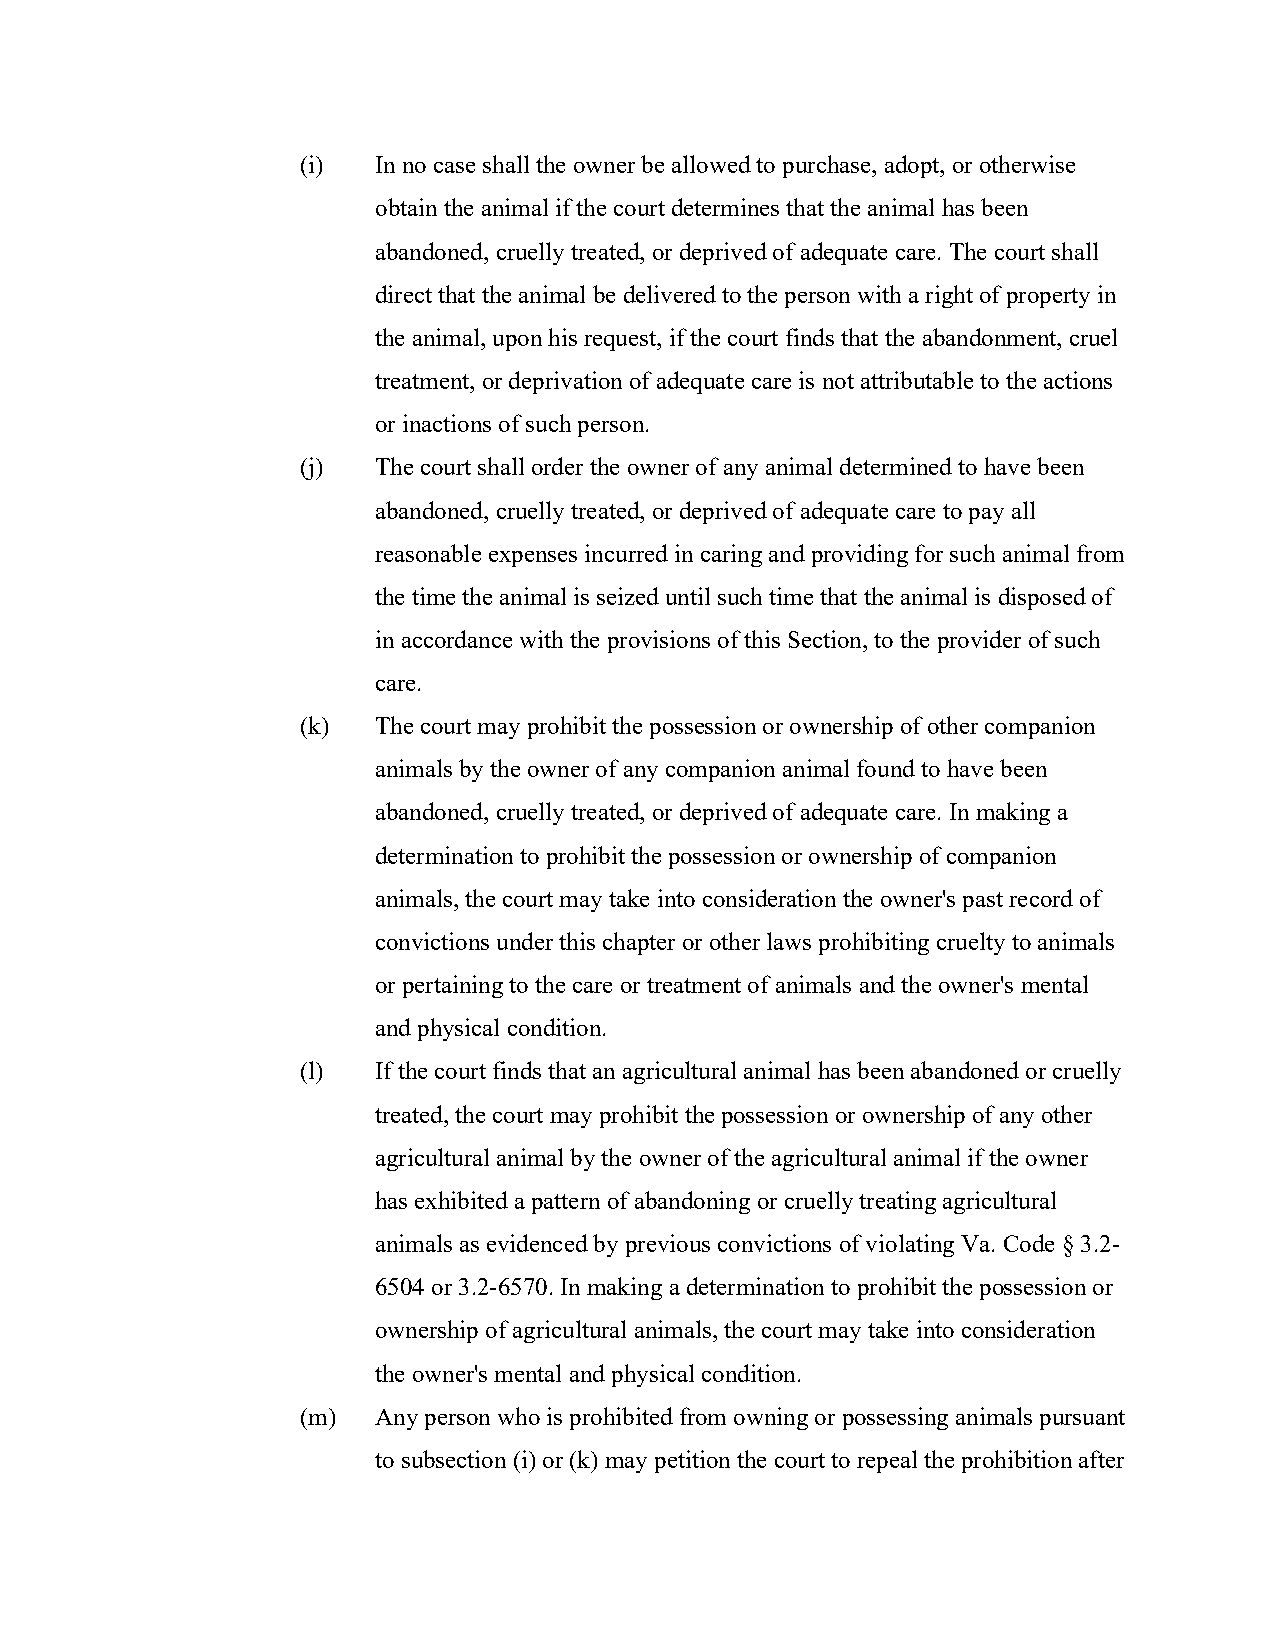
(i)  In no case shall the owner be allowed to purchase, adopt, or otherwise
 obtain the animal if the court determines that the animal has been
 abandoned, cruelly treated, or deprived of adequate care. The court shall
 direct that the animal be delivered to the person with a right of property in
 the animal, upon his request, if the court finds that the abandonment, cruel
 treatment, or deprivation of adequate care is not attributable to the actions
 or inactions of such person.
 (j)  The court shall order the owner of any animal determined to have been
 abandoned, cruelly treated, or deprived of adequate care to pay all
 reasonable expenses incurred in caring and providing for such animal from
 the time the animal is seized until such time that the animal is disposed of
 in accordance with the provisions of this Section, to the provider of such
 care.
 (k)  The court may prohibit the possession or ownership of other companion
 animals by the owner of any companion animal found to have been
 abandoned, cruelly treated, or deprived of adequate care. In making a
 determination to prohibit the possession or ownership of companion
 animals, the court may take into consideration the owner's past record of
 convictions under this chapter or other laws prohibiting cruelty to animals
 or pertaining to the care or treatment of animals and the owner's mental
 and physical condition.
 (l)  If the court finds that an agricultural animal has been abandoned or cruelly
 treated, the court may prohibit the possession or ownership of any other
 agricultural animal by the owner of the agricultural animal if the owner
 has exhibited a pattern of abandoning or cruelly treating agricultural
 animals as evidenced by previous convictions of violating Va. Code § 3.2-
 6504 or 3.2-6570. In making a determination to prohibit the possession or
 ownership of agricultural animals, the court may take into consideration
 the owner's mental and physical condition.
 (m)  Any person who is prohibited from owning or possessing animals pursuant
 to subsection (i) or (k) may petition the court to repeal the prohibition after